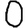
Digit: 0